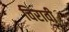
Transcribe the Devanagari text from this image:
विरावी